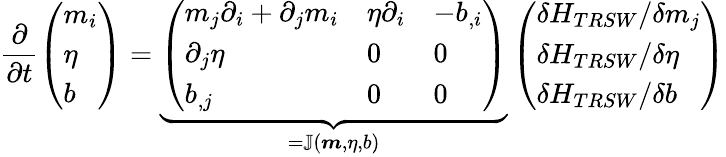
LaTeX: \frac{\partial}{\partial t}\left(\begin{array}{l}{m_{i}}\\ {\eta}\\ {b}\end{array}\right)=\underbrace{\left(\begin{array}{lll}{m_{j}\partial_{i}+\partial_{j}m_{i}}&{\eta\partial_{i}}&{-b_{,i}}\\ {\partial_{j}\eta}&{0}&{0}\\ {b_{,j}}&{0}&{0}\end{array}\right)}_{=\mathbb{J}(\boldsymbol{m},\eta,b)}\left(\begin{array}{l}{\delta H_{TRSW}/\delta m_{j}}\\ {\delta H_{TRSW}/\delta\eta}\\ {\delta H_{TRSW}/\delta b}\end{array}\right)